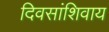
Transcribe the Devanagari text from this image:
दिवसांशिवाय